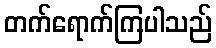
တက်ရောက်ကြပါသည်